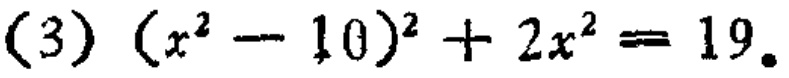
\((3)\ (x^{2}-10)^{2}+2x^{2}=19\)